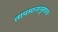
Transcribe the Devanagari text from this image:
तापमानानुसारच